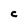
Character: C